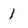
Character: 1